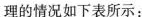
理的情况如下表所示：